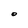
Character: O